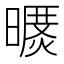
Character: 𣊥